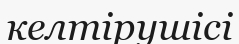
келтірушісі